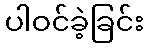
ပါဝင်ခဲ့ခြင်း